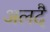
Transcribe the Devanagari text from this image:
अलदै